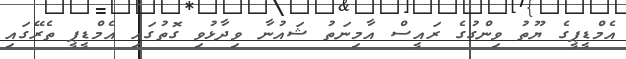
އެމްޑީޕީގެ ޔޫތު ވިންގުގެ ރައީސް އާމިނަތު ޝައުނާ ވިދާޅުވި ގޮތުގައި އެމްޑީޕީ ތެރޭގައި